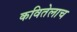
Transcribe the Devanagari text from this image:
कवितेलाच